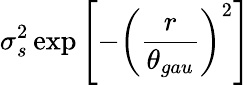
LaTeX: \sigma_{s}^{2}\exp\left[-\left(\frac{r}{\theta_{gau}}\right)^{2}\right]